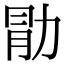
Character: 𫦱